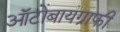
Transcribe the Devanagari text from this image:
ऑटोबायग्राफी